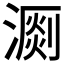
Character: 𣽄